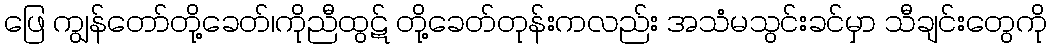
ဖြေ ကျွန်တော်တို့ခေတ်၊ကိုညီထွဋ် တို့ခေတ်တုန်းကလည်း အသံမသွင်းခင်မှာ သီချင်းတွေကို